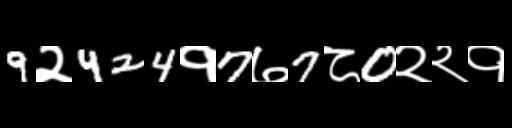
Text: 9२424१7७7८0२२१